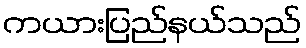
ကယားပြည်နယ်သည်